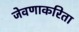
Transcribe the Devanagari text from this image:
जेवणाकरिता